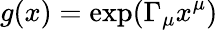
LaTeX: g(x)=\exp(\Gamma_{\mu}x^{\mu})